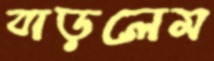
বাড়লেম